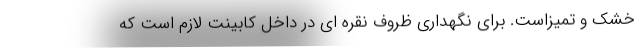
خشک و تمیزاست. برای نگهداری ظروف نقره ای در داخل کابینت لازم است که